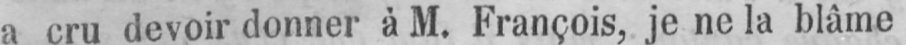
a cru devoir donner à M. François, je ne la blâme